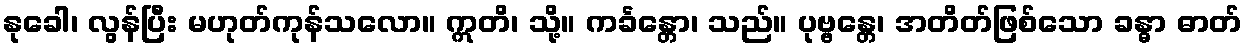
နုခေါ၊ လွန်ပြီး မဟုတ်ကုန်သလော။ ဣတိ၊ သို့။ ကင်္ခန္တော၊ သည်။ ပုဗ္ဗန္တေ၊ အတိတ်ဖြစ်သော ခန္ဓာ ဓာတ်